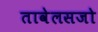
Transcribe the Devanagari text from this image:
तावेलसजो